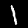
Label: 1